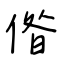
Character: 偺